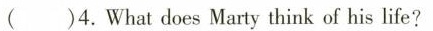
()4.What does Marty think of his life?